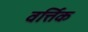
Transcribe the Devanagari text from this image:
वर्त्तिक